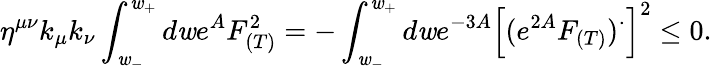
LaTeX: \eta^{\mu\nu}k_{\mu}k_{\nu}\int_{\mathit{w}_{-}}^{\mathit{w}_{+}}d\mathit{w}e^{A}F_{(T)}^{2}=-\int_{\mathit{w}_{-}}^{\mathit{w}_{+}}d\mathit{w}e^{-3A}\left[(e^{2A}F_{(T)})^{\cdot}\right]^{2}\leq0.